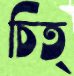
চিত্